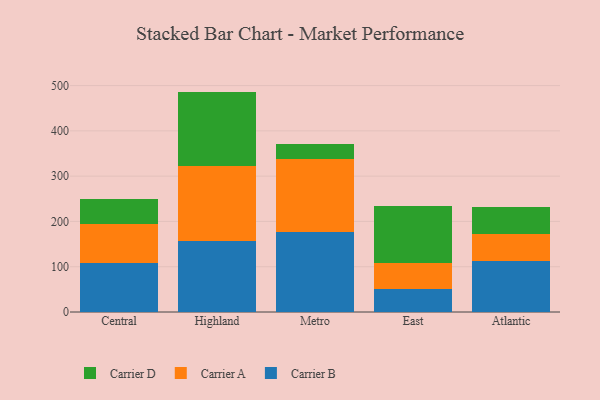
{"axis": {"x": "Region", "y": "Churn Rate (%)"}, "legend": ["Carrier A", "Carrier B", "Carrier D"], "data": [{"x": "Central", "y": 109.1, "type": "Carrier B"}, {"x": "Central", "y": 84.5, "type": "Carrier A"}, {"x": "Central", "y": 55.4, "type": "Carrier D"}, {"x": "Highland", "y": 157.2, "type": "Carrier B"}, {"x": "Highland", "y": 165.6, "type": "Carrier A"}, {"x": "Highland", "y": 163.9, "type": "Carrier D"}, {"x": "Metro", "y": 177.0, "type": "Carrier B"}, {"x": "Metro", "y": 161.2, "type": "Carrier A"}, {"x": "Metro", "y": 32.8, "type": "Carrier D"}, {"x": "East", "y": 51.3, "type": "Carrier B"}, {"x": "East", "y": 57.9, "type": "Carrier A"}, {"x": "East", "y": 124.7, "type": "Carrier D"}, {"x": "Atlantic", "y": 112.8, "type": "Carrier B"}, {"x": "Atlantic", "y": 59.3, "type": "Carrier A"}, {"x": "Atlantic", "y": 60.4, "type": "Carrier D"}]}